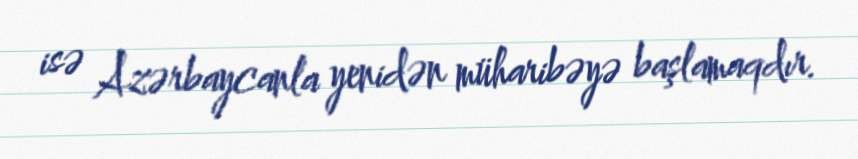
isə Azərbaycanla yenidən müharibəyə başlamaqdır.